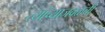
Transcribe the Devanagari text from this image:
त्यांच्याजवळची